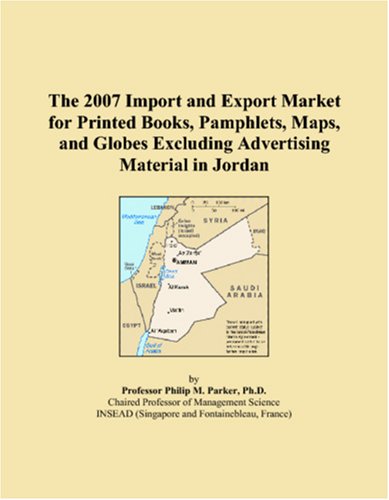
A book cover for The 2007 Import and Export Market for Printed Books, Pamphlets, Maps, and Globes Excluding Advertising Material in Jordan; Philip M. Parker; Travel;